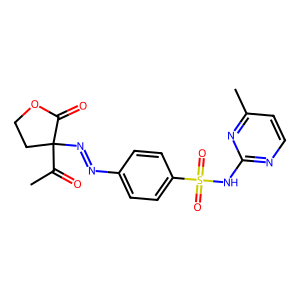
SMILES: CC(=O)C1(N=Nc2ccc(S(=O)(=O)Nc3nccc(C)n3)cc2)CCOC1=O
Inhibits HIV replication: No